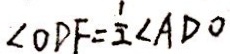
\angle O D F = \frac { 1 } { 2 } \angle A D O